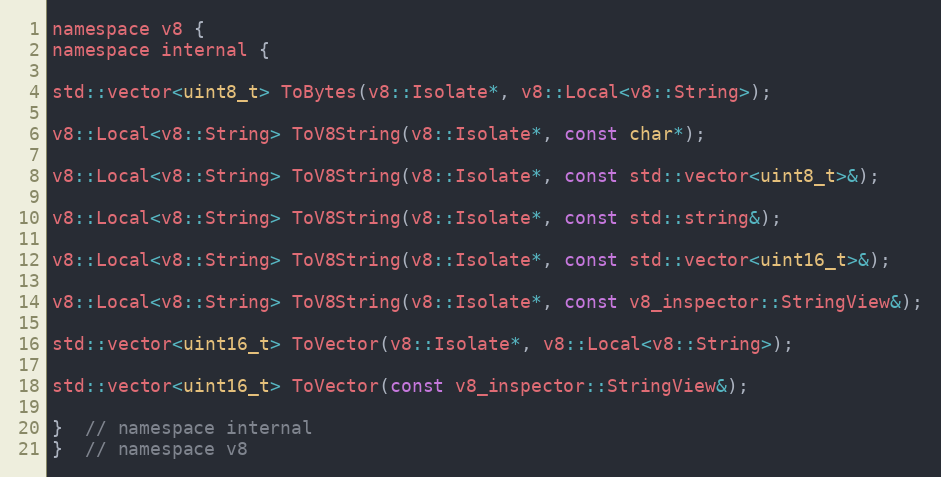
Language: C
namespace v8 {
namespace internal {

std::vector<uint8_t> ToBytes(v8::Isolate*, v8::Local<v8::String>);

v8::Local<v8::String> ToV8String(v8::Isolate*, const char*);

v8::Local<v8::String> ToV8String(v8::Isolate*, const std::vector<uint8_t>&);

v8::Local<v8::String> ToV8String(v8::Isolate*, const std::string&);

v8::Local<v8::String> ToV8String(v8::Isolate*, const std::vector<uint16_t>&);

v8::Local<v8::String> ToV8String(v8::Isolate*, const v8_inspector::StringView&);

std::vector<uint16_t> ToVector(v8::Isolate*, v8::Local<v8::String>);

std::vector<uint16_t> ToVector(const v8_inspector::StringView&);

}  // namespace internal
}  // namespace v8